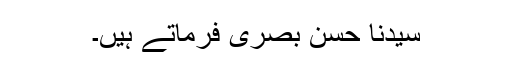
سیّدنا حسن بصریؒ فرماتے ہیں۔